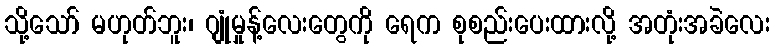
သို့သော် မဟုတ်ဘူး၊ ဂျုံမှုန့်လေးတွေကို ရေက စုစည်းပေးထားလို့ အတုံးအခဲလေး